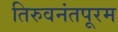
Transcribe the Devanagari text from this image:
तिरुवनंतपूरम